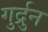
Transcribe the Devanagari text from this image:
गुर्द्रुन